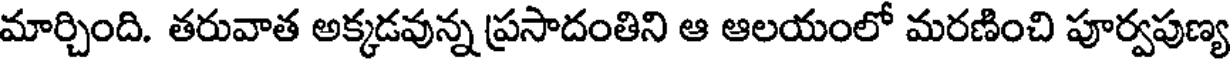
మార్చింది. తరువాత అక్కడవున్న ప్రసాదంతిని ఆ ఆలయంలో మరణించి పూర్వపుణ్య